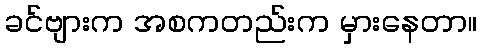
ခင်ဗျားက အစကတည်းက မှားနေတာ။